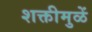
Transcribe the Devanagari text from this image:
शक्तीमुळें